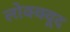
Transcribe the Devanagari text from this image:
लोक्क्वूद